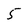
Character: 5